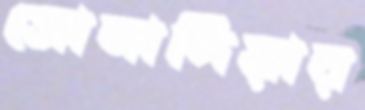
সোনাদিয়ার